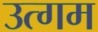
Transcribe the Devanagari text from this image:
उत्गम